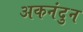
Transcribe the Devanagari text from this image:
अकनंदुन